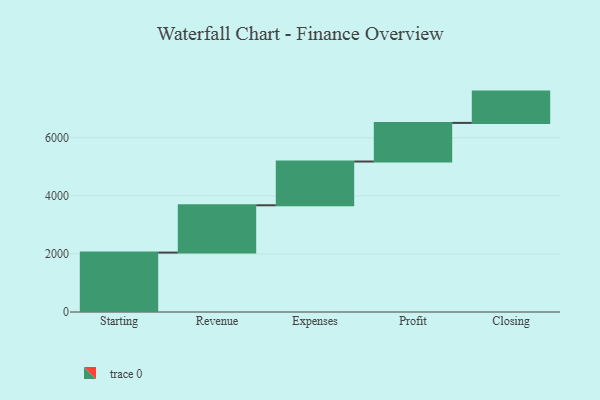
{"axis": {"x": "Step", "y": "Value"}, "legend": [""], "data": [{"x": "Starting", "y": 2046.0, "type": ""}, {"x": "Revenue", "y": 1629.0, "type": ""}, {"x": "Expenses", "y": 1507.0, "type": ""}, {"x": "Profit", "y": 1330.0, "type": ""}, {"x": "Closing", "y": 1078.0, "type": ""}]}